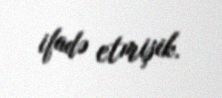
ifadə etmişik.